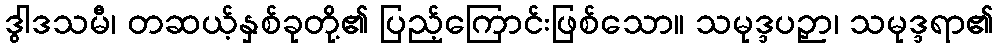
ဒွါဒသမီ၊ တဆယ့်နှစ်ခုတို့၏ ပြည့်ကြောင်းဖြစ်သော။ သမုဒ္ဒပဉှာ၊ သမုဒ္ဒရာ၏